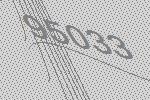
95033